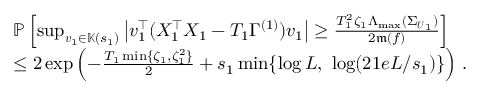
\begin{array} { r l } & { \mathbb P \left[ \operatorname* { s u p } _ { \boldsymbol { v } _ { 1 } \in \mathbb K ( s _ { 1 } ) } \left\vert \boldsymbol { v } _ { 1 } ^ { \top } ( X _ { 1 } ^ { \top } X _ { 1 } - T _ { 1 } \Gamma ^ { ( 1 ) } ) \boldsymbol { v } _ { 1 } \right\vert \geq \frac { T _ { 1 } ^ { 2 } \zeta _ { 1 } \Lambda _ { \operatorname* { m a x } } ( \Sigma _ { \boldsymbol { U } _ { 1 } } ) } { 2 \mathfrak m ( f ) } \right] } \\ & { \leq 2 \exp \left( - \frac { T _ { 1 } \operatorname* { m i n } \{ \zeta _ { 1 } , \zeta _ { 1 } ^ { 2 } \} } { 2 } + s _ { 1 } \operatorname* { m i n } \{ \log L , ~ \log ( 2 1 e L / s _ { 1 } ) \} \right) \, . } \end{array}